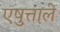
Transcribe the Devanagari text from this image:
एष़ुत्ताले